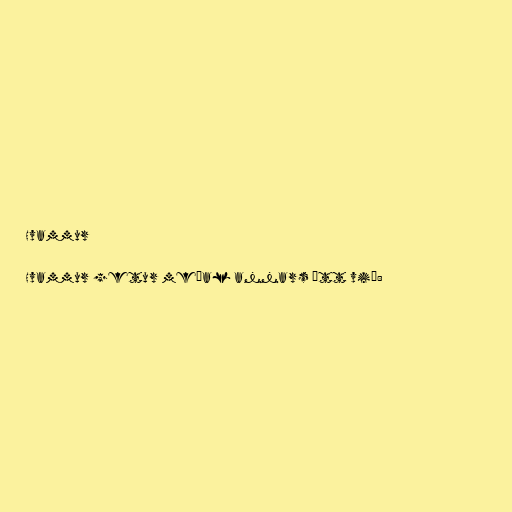
Hvammur

Hvammur getur meðal annars átt við: